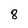
Character: 8